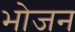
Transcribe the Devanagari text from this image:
भाेजन